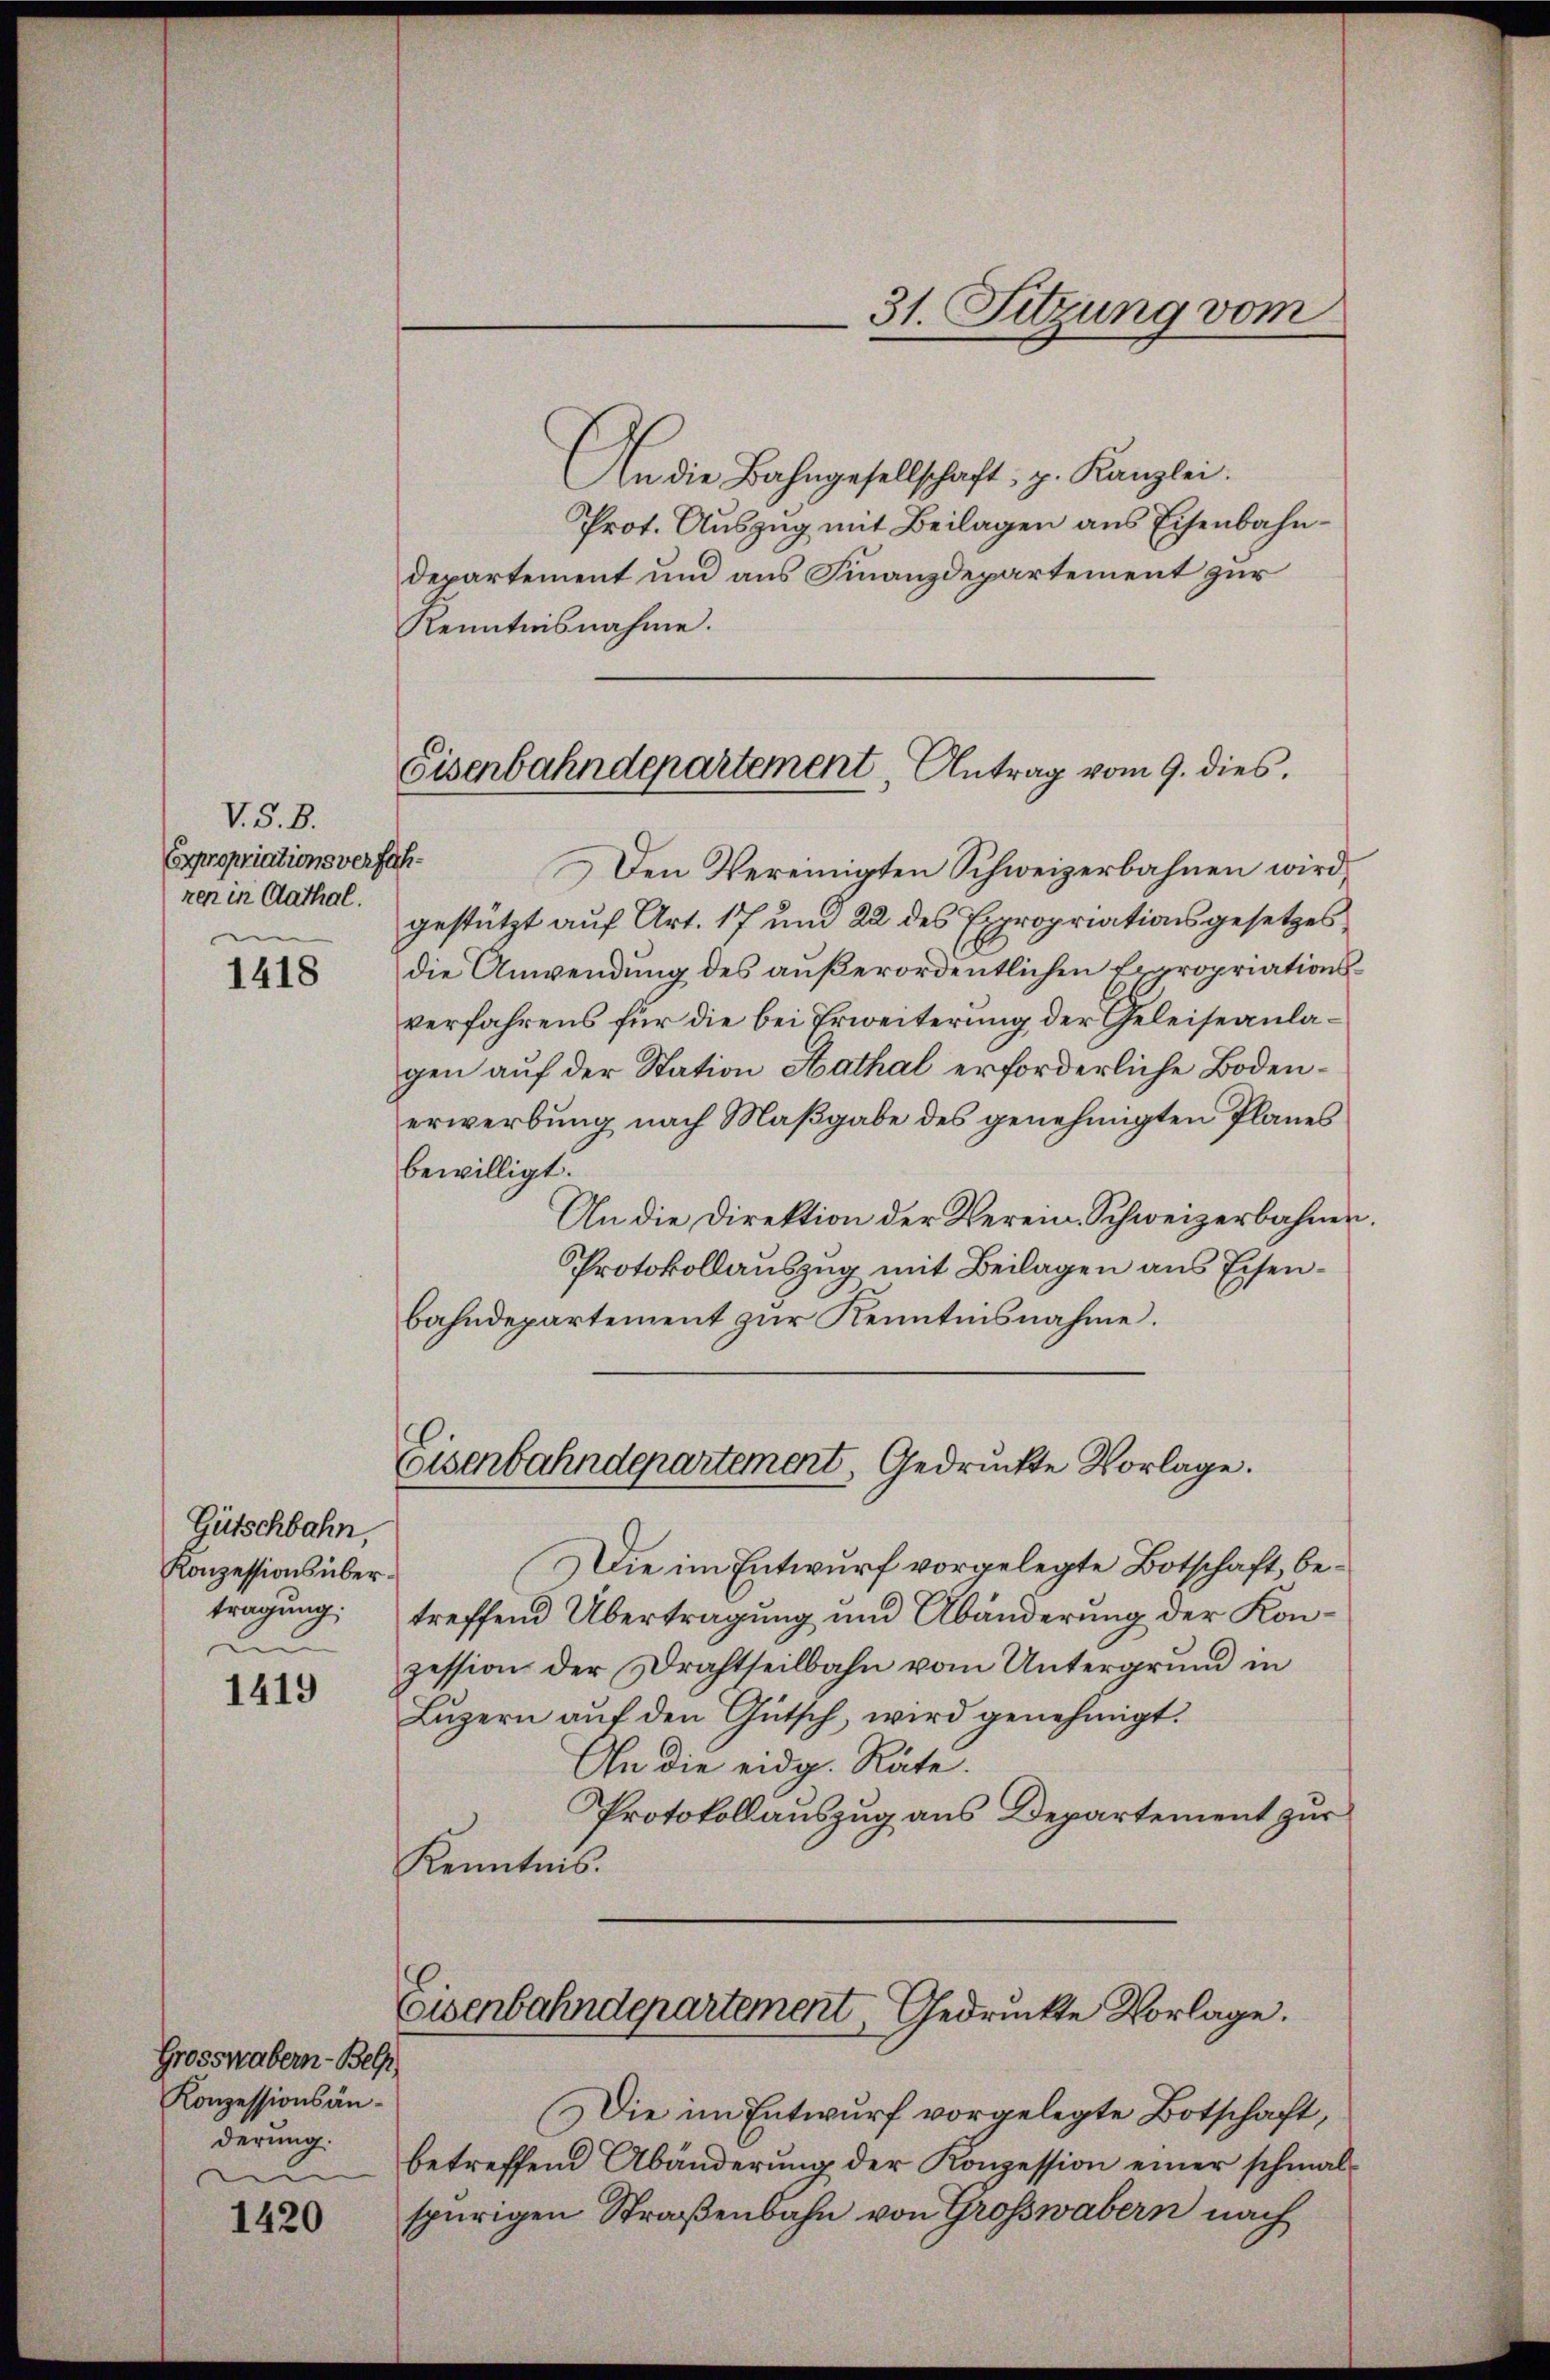
V. S. B.
Expropriationsverfahren in Cathal.

1418

Gütschbahn,
Konzessions übertragung:
e

1419

Grosswabern - Bel
Konzessionsänderung.

1420

31. Sitzung vom

An die Bahngesellschaft, z. Kanzlei.
Prot. Auszug mit Beilagen aus Eisenbahndepartement und aus Finanzdepartement zur
Kenntnisnahme.

Eisenbahndepartement Antrag vom 9. dies

Den Vereinigten Schweizerbahnen wird
gestützt auf Art. 17 und 22 des Expropriationsgesetzes
die Anwendung des außerordentlichen Expropriationsverfahrens für die bei Erweiterung der Geleiseanlagen auf der Station Aathal erforderliche Bodenerwerbung nach Maßgabe des genehmigten Planes
bewilligt.
An die Direktion der Verein Schweizerbahner.
Protokollauszug mit Beilagen aus Eisenbahndepartement zur Kenntnisnahme.
Eisenbahndepartement, Gedruckte Vorlage.
Die im Entwurf vorgelegte Botschaft, betreffend Übertragung und Abänderung der Konzession der Drahtheilbahn vom Untergrund in
Luzern auf den Gütsch, wird genehmigt.
An die eidg. Räte.
Protokollauszug aus Departement zur
Kenntnis.

Eisenbahndepartement, Gedruckte Vorlage.

Die im Entwurf vorgelegte Botschaft,
betreffend Abänderung der Konzession einer schmalspurigen Straßenbahn von Grosswabern nach